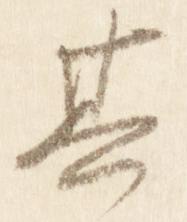
其